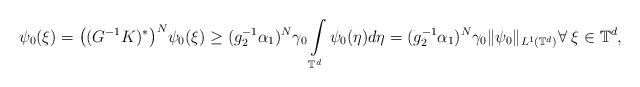
LaTeX: \begin{align*}\psi_0 (\xi) = \big((G^{-1} K)^\ast \big)^N \psi_0 (\xi) \ge (g_2^{-1} \alpha_1)^N \gamma_0 \int\limits_{\mathbb{T}^d} \psi_0(\eta) d \eta = (g_2^{-1} \alpha_1)^N \gamma_0 \|\psi_0\|_{L^1(\mathbb{T}^d)} \forall \; \xi \in \mathbb{T}^d,\end{align*}